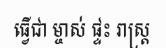
ធ្វើជា ម្ចាស់ ផ្ទះ រាស្ត្រ